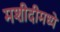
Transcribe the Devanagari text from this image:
मशीदीमध्ये